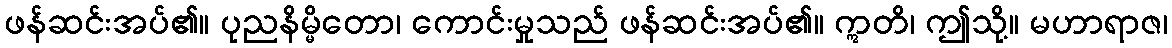
ဖန်ဆင်းအပ်၏။ ပုညနိမ္မိတော၊ ကောင်းမှုသည် ဖန်ဆင်းအပ်၏။ ဣတိ၊ ဤသို့။ မဟာရာဇ၊